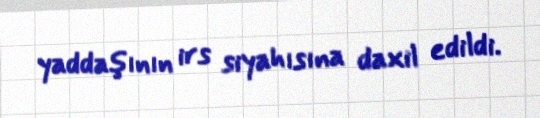
yaddaşının irs siyahısına daxil edildi.